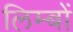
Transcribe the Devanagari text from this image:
लिम्बों